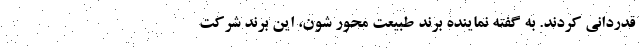
قدردانی کردند. به گفته نماینده برند طبیعت محور شون، این برند شرکت